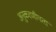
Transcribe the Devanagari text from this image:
अनुकरणीयता